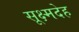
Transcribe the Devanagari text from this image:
सूक्ष्मदेह